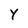
Character: Y